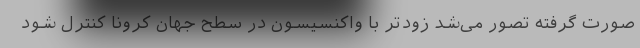
صورت گرفته تصور می‌شد زودتر با واکنسیسون در سطح جهان کرونا کنترل شود